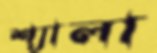
শ্যালা